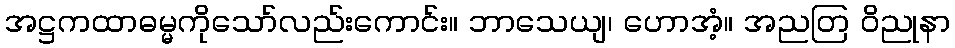
အဋ္ဌကထာဓမ္မကိုသော်လည်းကောင်း။ ဘာသေယျ၊ ဟောအံ့။ အညတြ ဝိညုနာ